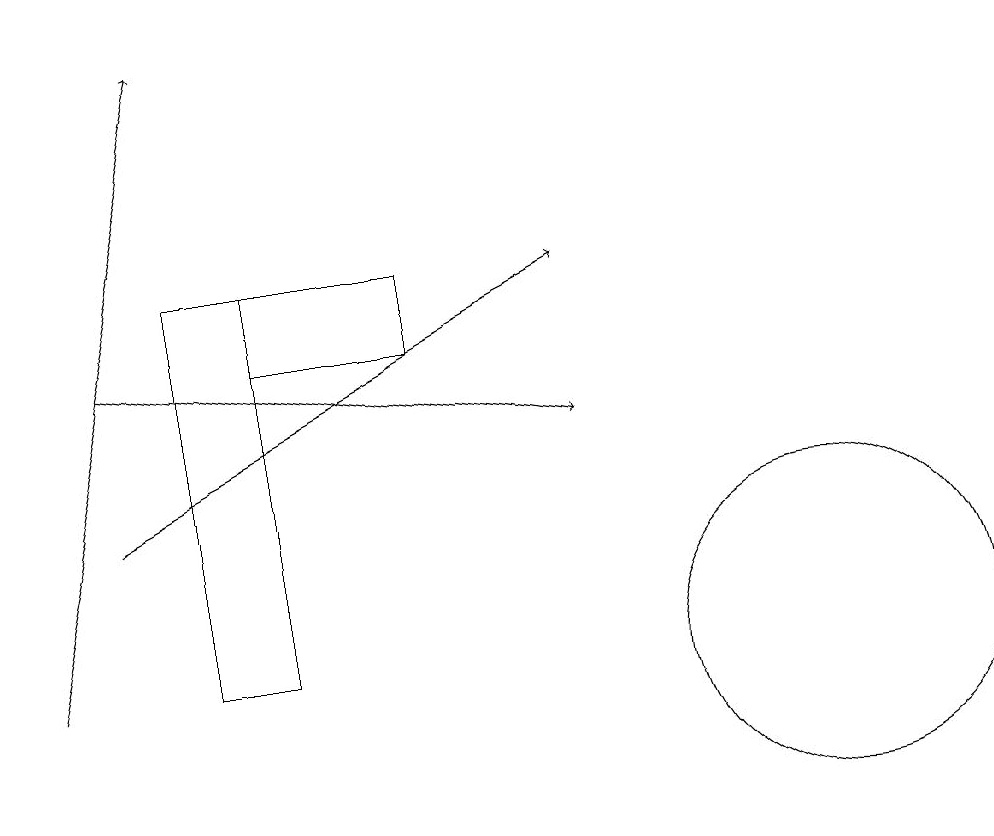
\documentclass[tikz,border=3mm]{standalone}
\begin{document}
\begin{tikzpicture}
\draw (11,10) circle (2);
\draw[->] (1,10) -- (3,18);
\draw (4,10) rectangle (3,15);
\draw[->] (2,14) -- (8,13);
\draw[->] (2,12) -- (8,15);
\draw (6,14) rectangle (4,15);
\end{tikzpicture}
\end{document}